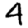
Digit: 4